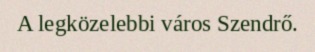
A legközelebbi város Szendrő.